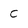
Character: c